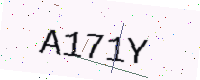
Text: A171Y